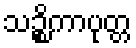
သဉ္စိကာပုတ္တ